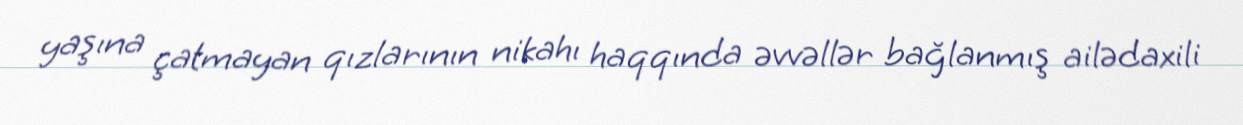
yaşına çatmayan qızlarının nikahı haqqında əvvəllər bağlanmış ailədaxili